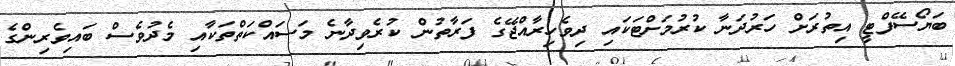
ބަޔޯސޭފްޓީ އިތުރަށް ހަރުދަނާ ކުރުމަށްޓަކައި ދިވެހިރާއްޖޭގެ ފަރާތުން ކުރެވިދާނެ މަސައްކަތްތަކާއި މެދުވެސް ބައިވެރިންގެ